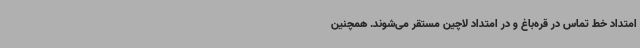
امتداد خط تماس در قره‌باغ و در امتداد لاچین مستقر می‌شوند. همچنین